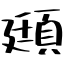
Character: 頲